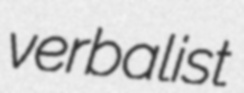
verbalist